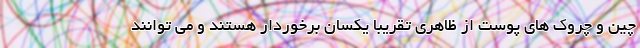
چین و چروک های پوست از ظاهری تقریبا یکسان برخوردار هستند و می توانند